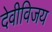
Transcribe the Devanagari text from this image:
देवीविजय